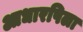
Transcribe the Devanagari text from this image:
आधारषिला